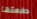
دفعتها